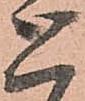
と